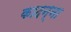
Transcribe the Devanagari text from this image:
कादन्ना